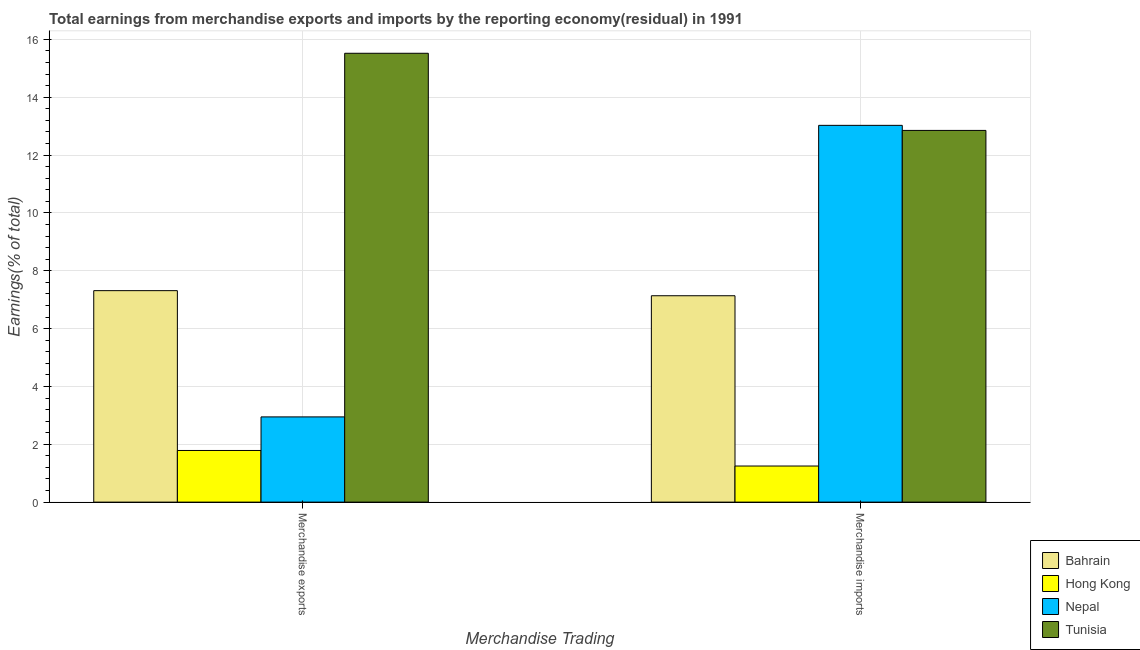
| Merchandise Trading | Bahrain | Hong Kong | Nepal | Tunisia |
 | --- | --- | --- | --- | --- |
 | Merchandise exports | 7.31 | 1.79 | 2.95 | 15.5 |
 | Merchandise imports | 7.14 | 1.25 | 13 | 12.9 |